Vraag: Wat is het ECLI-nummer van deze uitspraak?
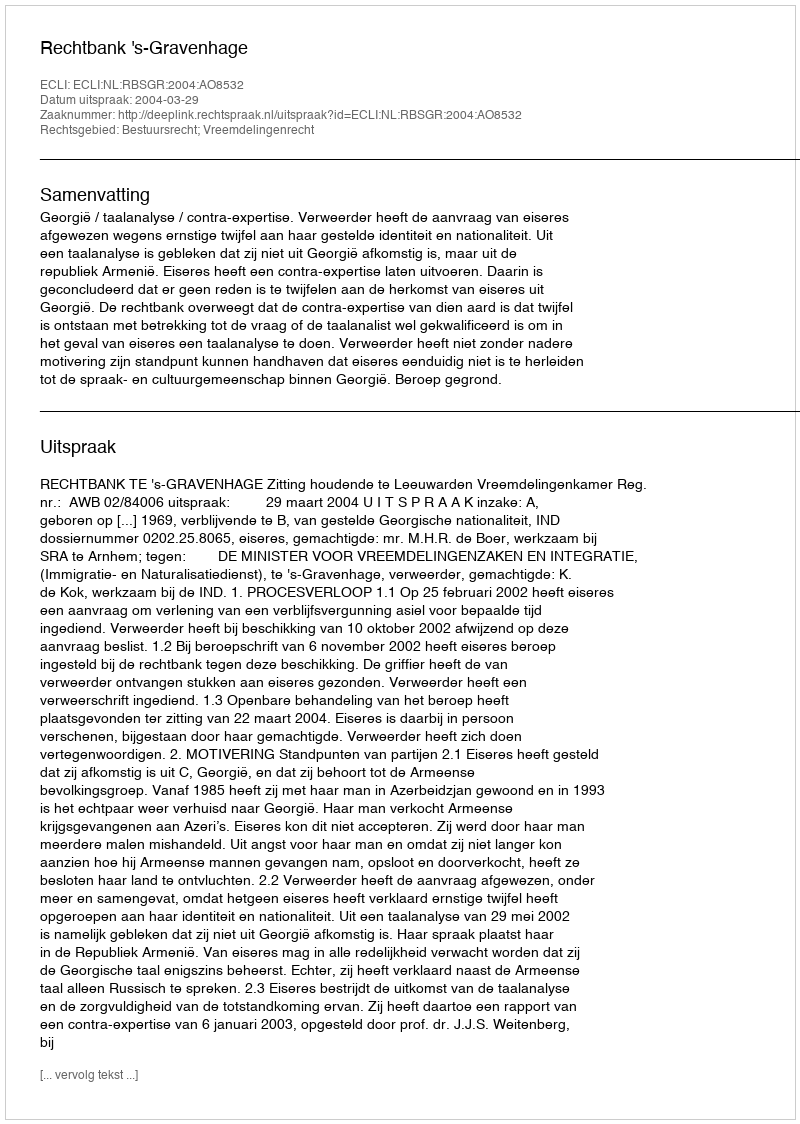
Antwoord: ECLI:NL:RBSGR:2004:AO8532